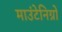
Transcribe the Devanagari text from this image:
माउंटेनिग्रो